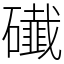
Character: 䃱